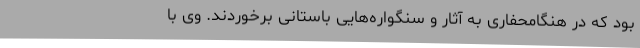
بود که در هنگامحفاری به آثار و سنگواره‌هایی باستانی برخوردند. وی با